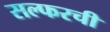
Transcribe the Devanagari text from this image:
सल्फरची